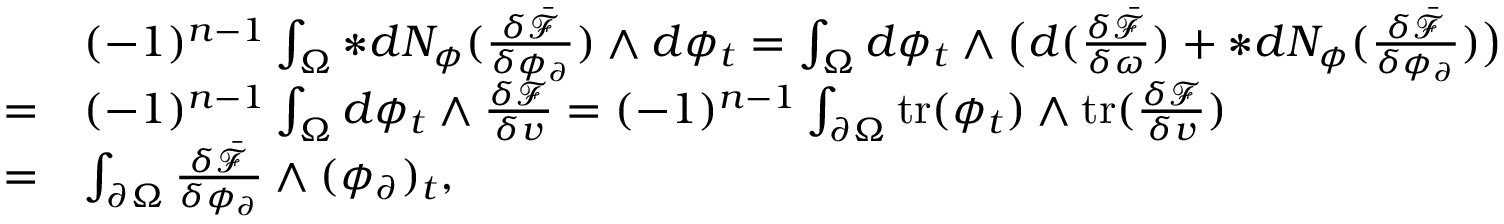
\begin{array} { r l } & { ( - 1 ) ^ { n - 1 } \int _ { \Omega } \ast d N _ { \phi } ( \frac { \delta \bar { \mathcal { F } } } { \delta \phi _ { \partial } } ) \wedge d \phi _ { t } = \int _ { \Omega } d \phi _ { t } \wedge \big ( d ( \frac { \delta \bar { \mathcal { F } } } { \delta \omega } ) + \ast d N _ { \phi } ( \frac { \delta \bar { \mathcal { F } } } { \delta \phi _ { \partial } } ) \big ) } \\ { = } & { ( - 1 ) ^ { n - 1 } \int _ { \Omega } d \phi _ { t } \wedge \frac { \delta \mathcal { F } } { \delta v } = ( - 1 ) ^ { n - 1 } \int _ { \partial \Omega } \mathrm { t r } ( \phi _ { t } ) \wedge \mathrm { t r } ( \frac { \delta \mathcal { F } } { \delta v } ) } \\ { = } & { \int _ { \partial \Omega } \frac { \delta \bar { \mathcal { F } } } { \delta \phi _ { \partial } } \wedge ( \phi _ { \partial } ) _ { t } , } \end{array}